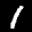
Label: 1